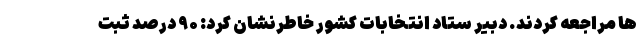
ها مراجعه کردند. دبیر ستاد انتخابات کشور خاطرنشان کرد: ۹۰ درصد ثبت